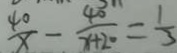
\frac { 4 0 } { x } - \frac { 4 0 } { x + 2 0 } = \frac { 1 } { 3 }